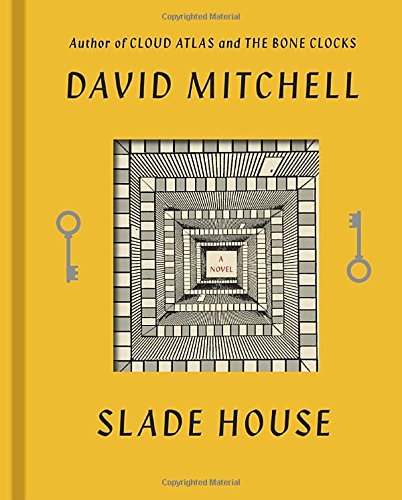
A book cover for Slade House: A Novel; David Mitchell; Mystery, Thriller & Suspense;